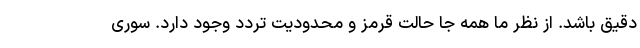
دقیق باشد. از نظر ما همه جا حالت قرمز و محدودیت تردد وجود دارد. سوری